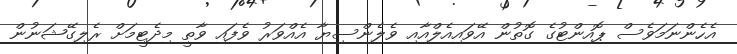
އެހެންނަމަވެސް ޕޮއިންޓުގެ ގޮތުން އޭވައިއެލްއާއި ވެލެންސިޔާ އެއްވަރު ވެފައި ވާތީ މިދެޓީމަށް ރެލިގޭޝަނުން